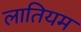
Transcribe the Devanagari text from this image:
लातियम